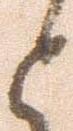
と